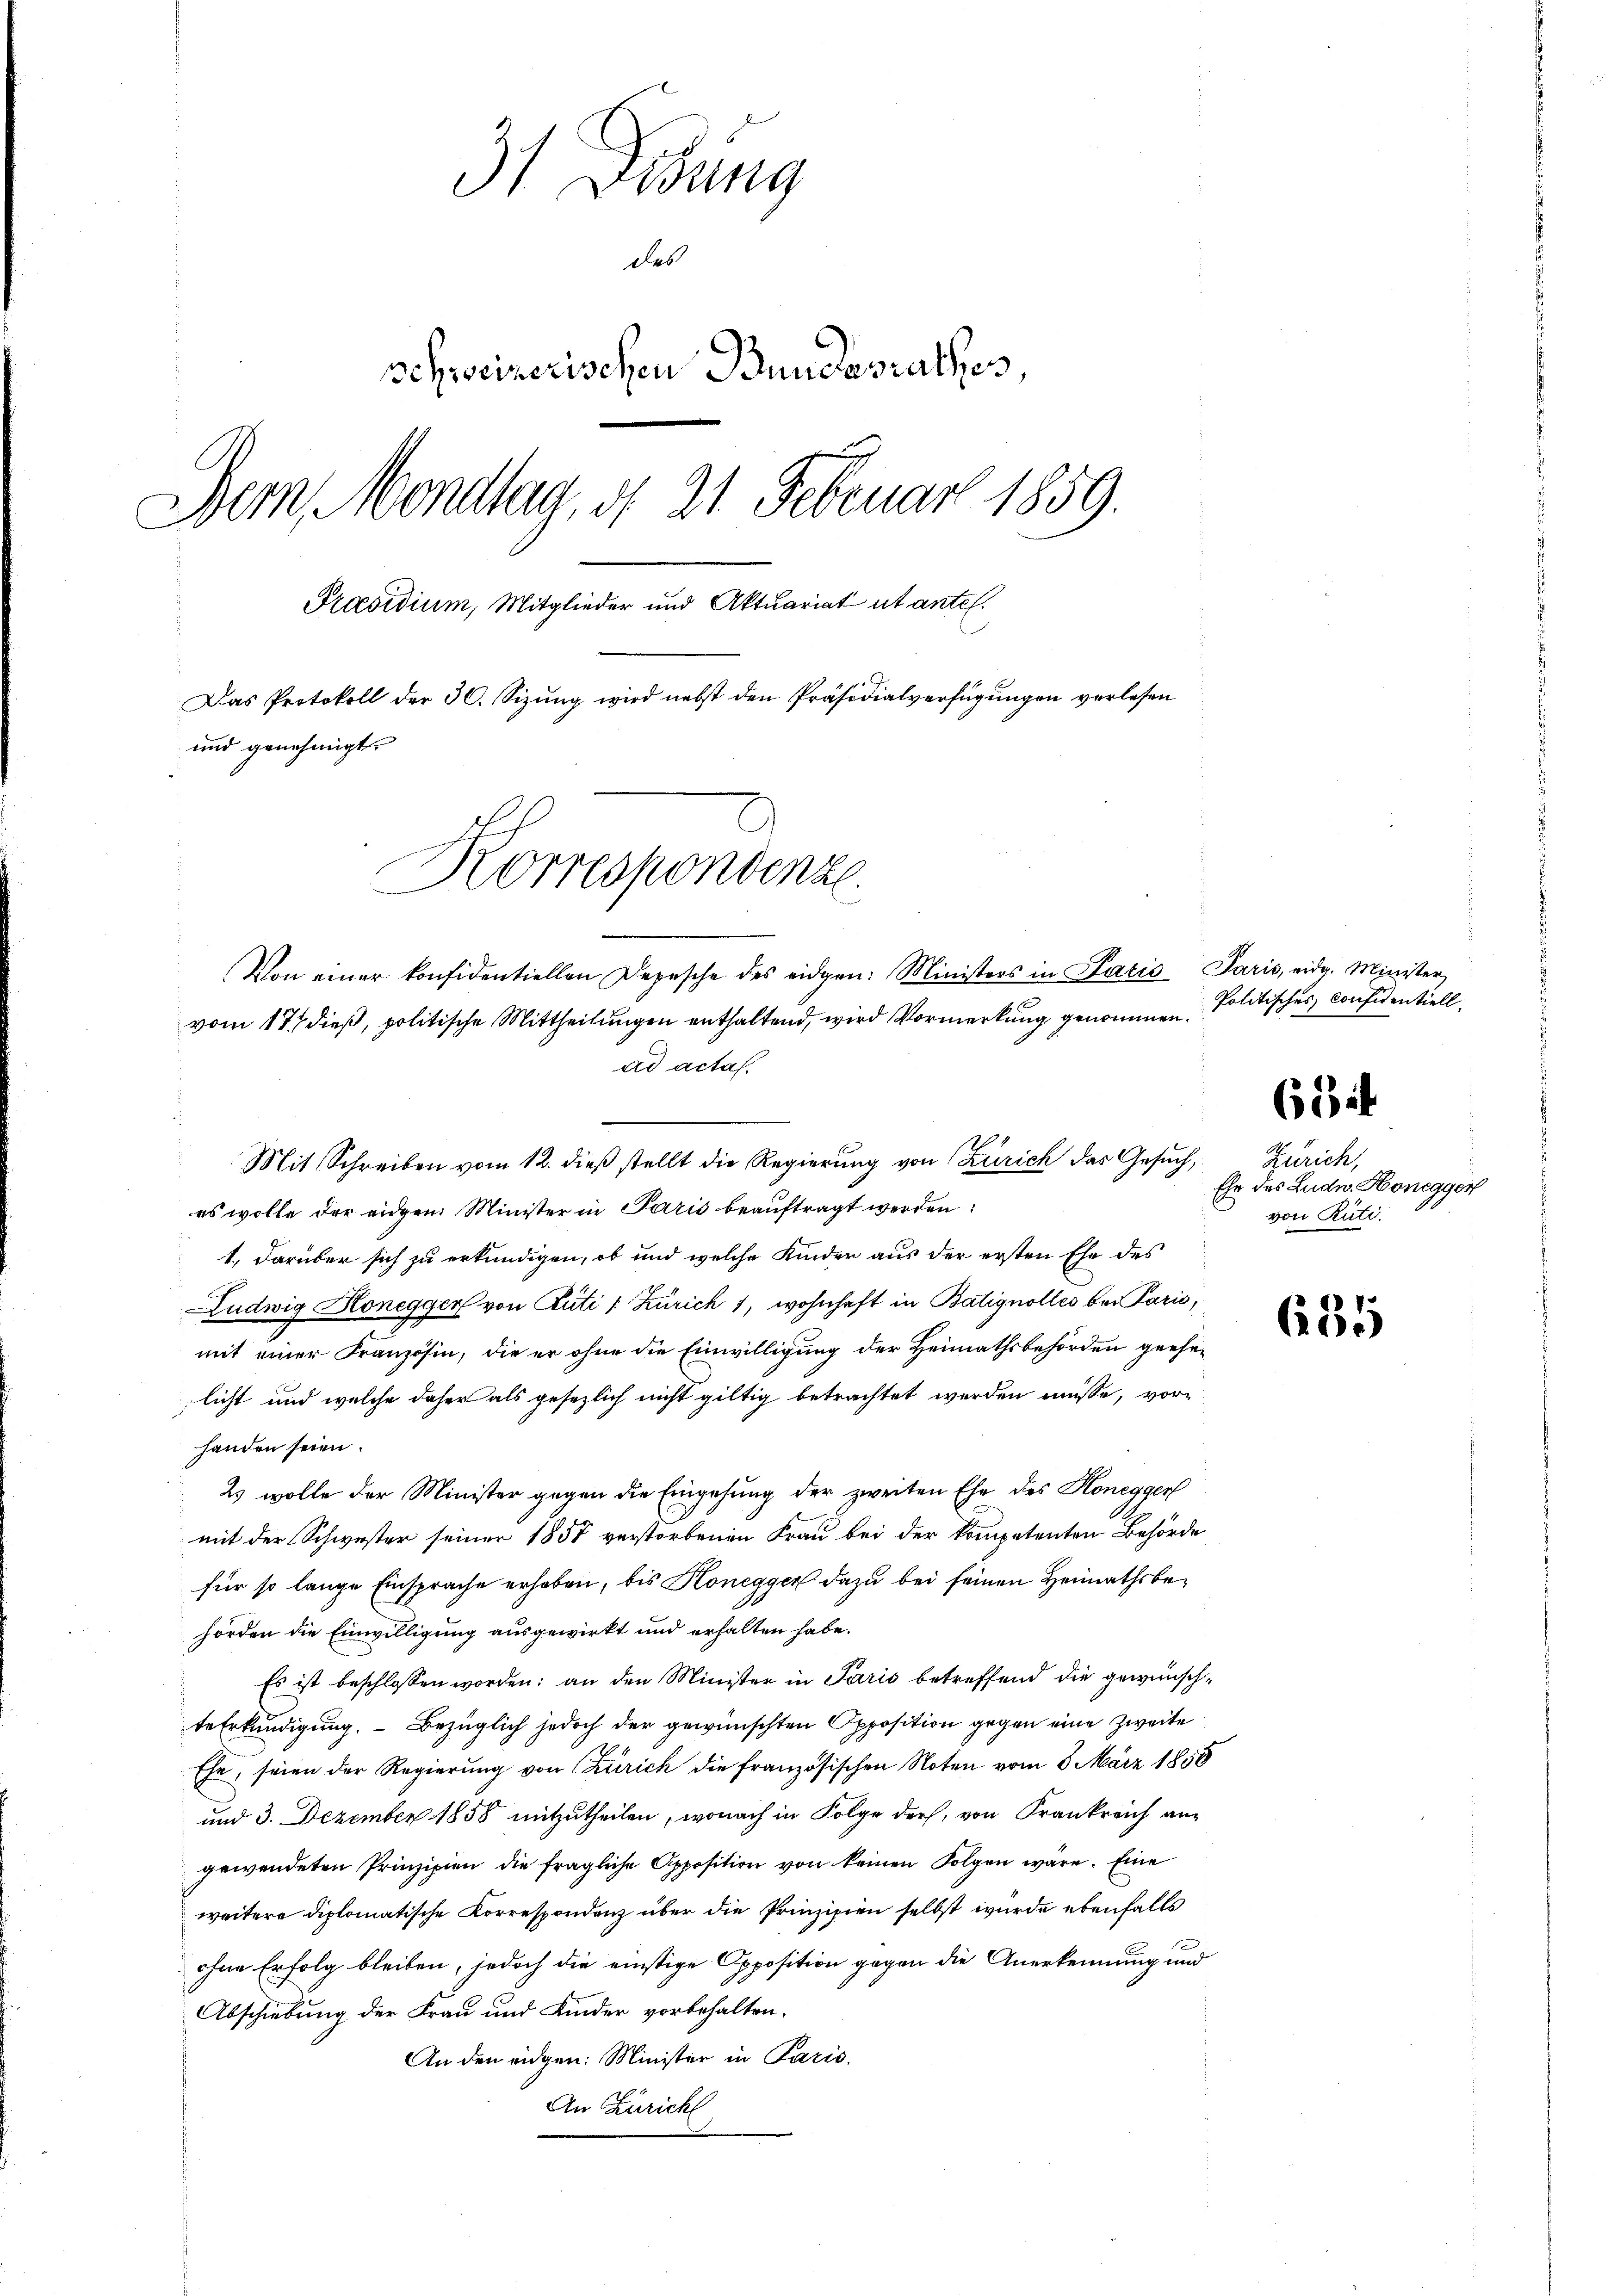
31 Debung
des
schweizerischen Bundesrathes
Bern Mondlag, d. 21 Februar 1859.
Praesidium, Mitglieder und Aktuariat ut antel.
Das Protokoll der 30. Sizung wird nebst den Präsidialverfügungen verlesen
und genehmigt.
Korrespondenze.
Von einer konfidentiellen Depesche des eidgen: Ministers in Paris
vom 17. dieß, politische Mittheilungen enthaltend, wird Vormerkung genommen.
ad actas.

n
Mit Schreiben vom 12. dieβ stellt die Regierŭng von Zürich das Gesŭch, Zürich,

es wolle der eidgen. Minister in Paris beauftragt werden:
1., darüber sich zu erkundigen, ob und welche Kinder aus der ersten Ehe des
Ludwig Honegger von Rüti (Zürich 1, wohnhaft in Batignolles bei Parić,
mit einer Französin, die er ohne die Einwilligung der Heimathsbehörden geehelicht und welche daher als gesezlich nicht giltig betrachtet werden müsse, vorhanden seien.
2) wolle der Minister gegen die Eingehung der zweiten Ehe des Honegger
mit der Schwester seiner 1858 verstorbenen Frau bei der kompetenten Behörde
für so lange Einsprache erheben, bis Honegger dazu bei seinen Heimathsbehörden die Einwilligung ausgewirkt und erhalten habe.
Es ist beschlossen worden; an den Minister in Paris betreffend die gewünschte Erkundigung. Bezüglich jedoch der gewünschten Opposition gegen eine zweite
Ehe, seien der Regierung von Curich die französischen Noten vom 8. März 1858
und 3. Dezember 1858 mitzutheilen, wonach in Folge der, von Frankreich an
gewendeten Prinzipien die fragliche Apposition von keinen Folgen wäre. Eine
weitere diplomatische Korrespondenz über die Prinzipien selbst wurde ebenfalls
ohne Erfolg bleiben, jedoch die einstige Opposition gegen die Anerkennung und
Abschiebung der Frau und Kinder vorbehalten.
An den eidgen: Minister in Paris.
An Züricht

Paris, eidg. Minister
Politisches Confidentiell.

684

Ehe des Ludw. Honegger
von Rüti.

685